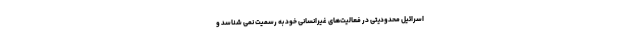
اسرائیل محدودیتی در فعالیت‌های غیرانسانی خود به رسمیت نمی شناسد و